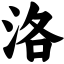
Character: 洛